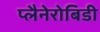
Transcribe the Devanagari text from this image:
प्लैनेरोबिडी